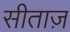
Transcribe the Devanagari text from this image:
सीताज़